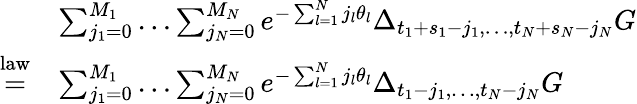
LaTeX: \begin{array}{rl}&{\sum_{j_{1}=0}^{M_{1}}\dots\sum_{j_{N}=0}^{M_{N}}e^{-\sum_{l=1}^{N}j_{l}\theta_{l}}\Delta_{t_{1}+s_{1}-j_{1},\dots,t_{N}+s_{N}-j_{N}}G}\\ {\overset{\mathrm{law}}{=}}&{\sum_{j_{1}=0}^{M_{1}}\dots\sum_{j_{N}=0}^{M_{N}}e^{-\sum_{l=1}^{N}j_{l}\theta_{l}}\Delta_{t_{1}-j_{1},\dots,t_{N}-j_{N}}G}\end{array}